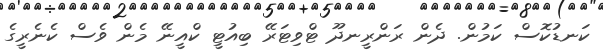
ކަނޑުކޮސް ކަމުން. ދެން ރަންރީނދޫ ޓްވިޓަރޭ ބިއުޓީ ކްއީނޭ މެން ވެސް ކެނެރީގެ